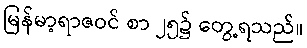
မြန်မာ့ရာဇဝင် စာ ၂၅၌ တွေ့ရသည်။